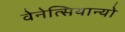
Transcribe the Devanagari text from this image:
वेनेत्सियान्यो